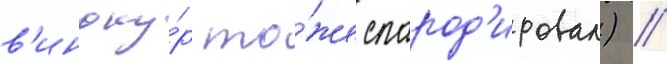
в'иноку́р то́же спарод'ировал) //